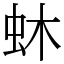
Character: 蚞